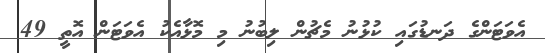
އެވަޓަންގެ ދަނޑުގައި ކުުޅުނު މެޗުން ލިބުނު މި މޮޅާއެކު އެވަޓަން އޮތީ 49